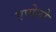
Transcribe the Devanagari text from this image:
एपोलो